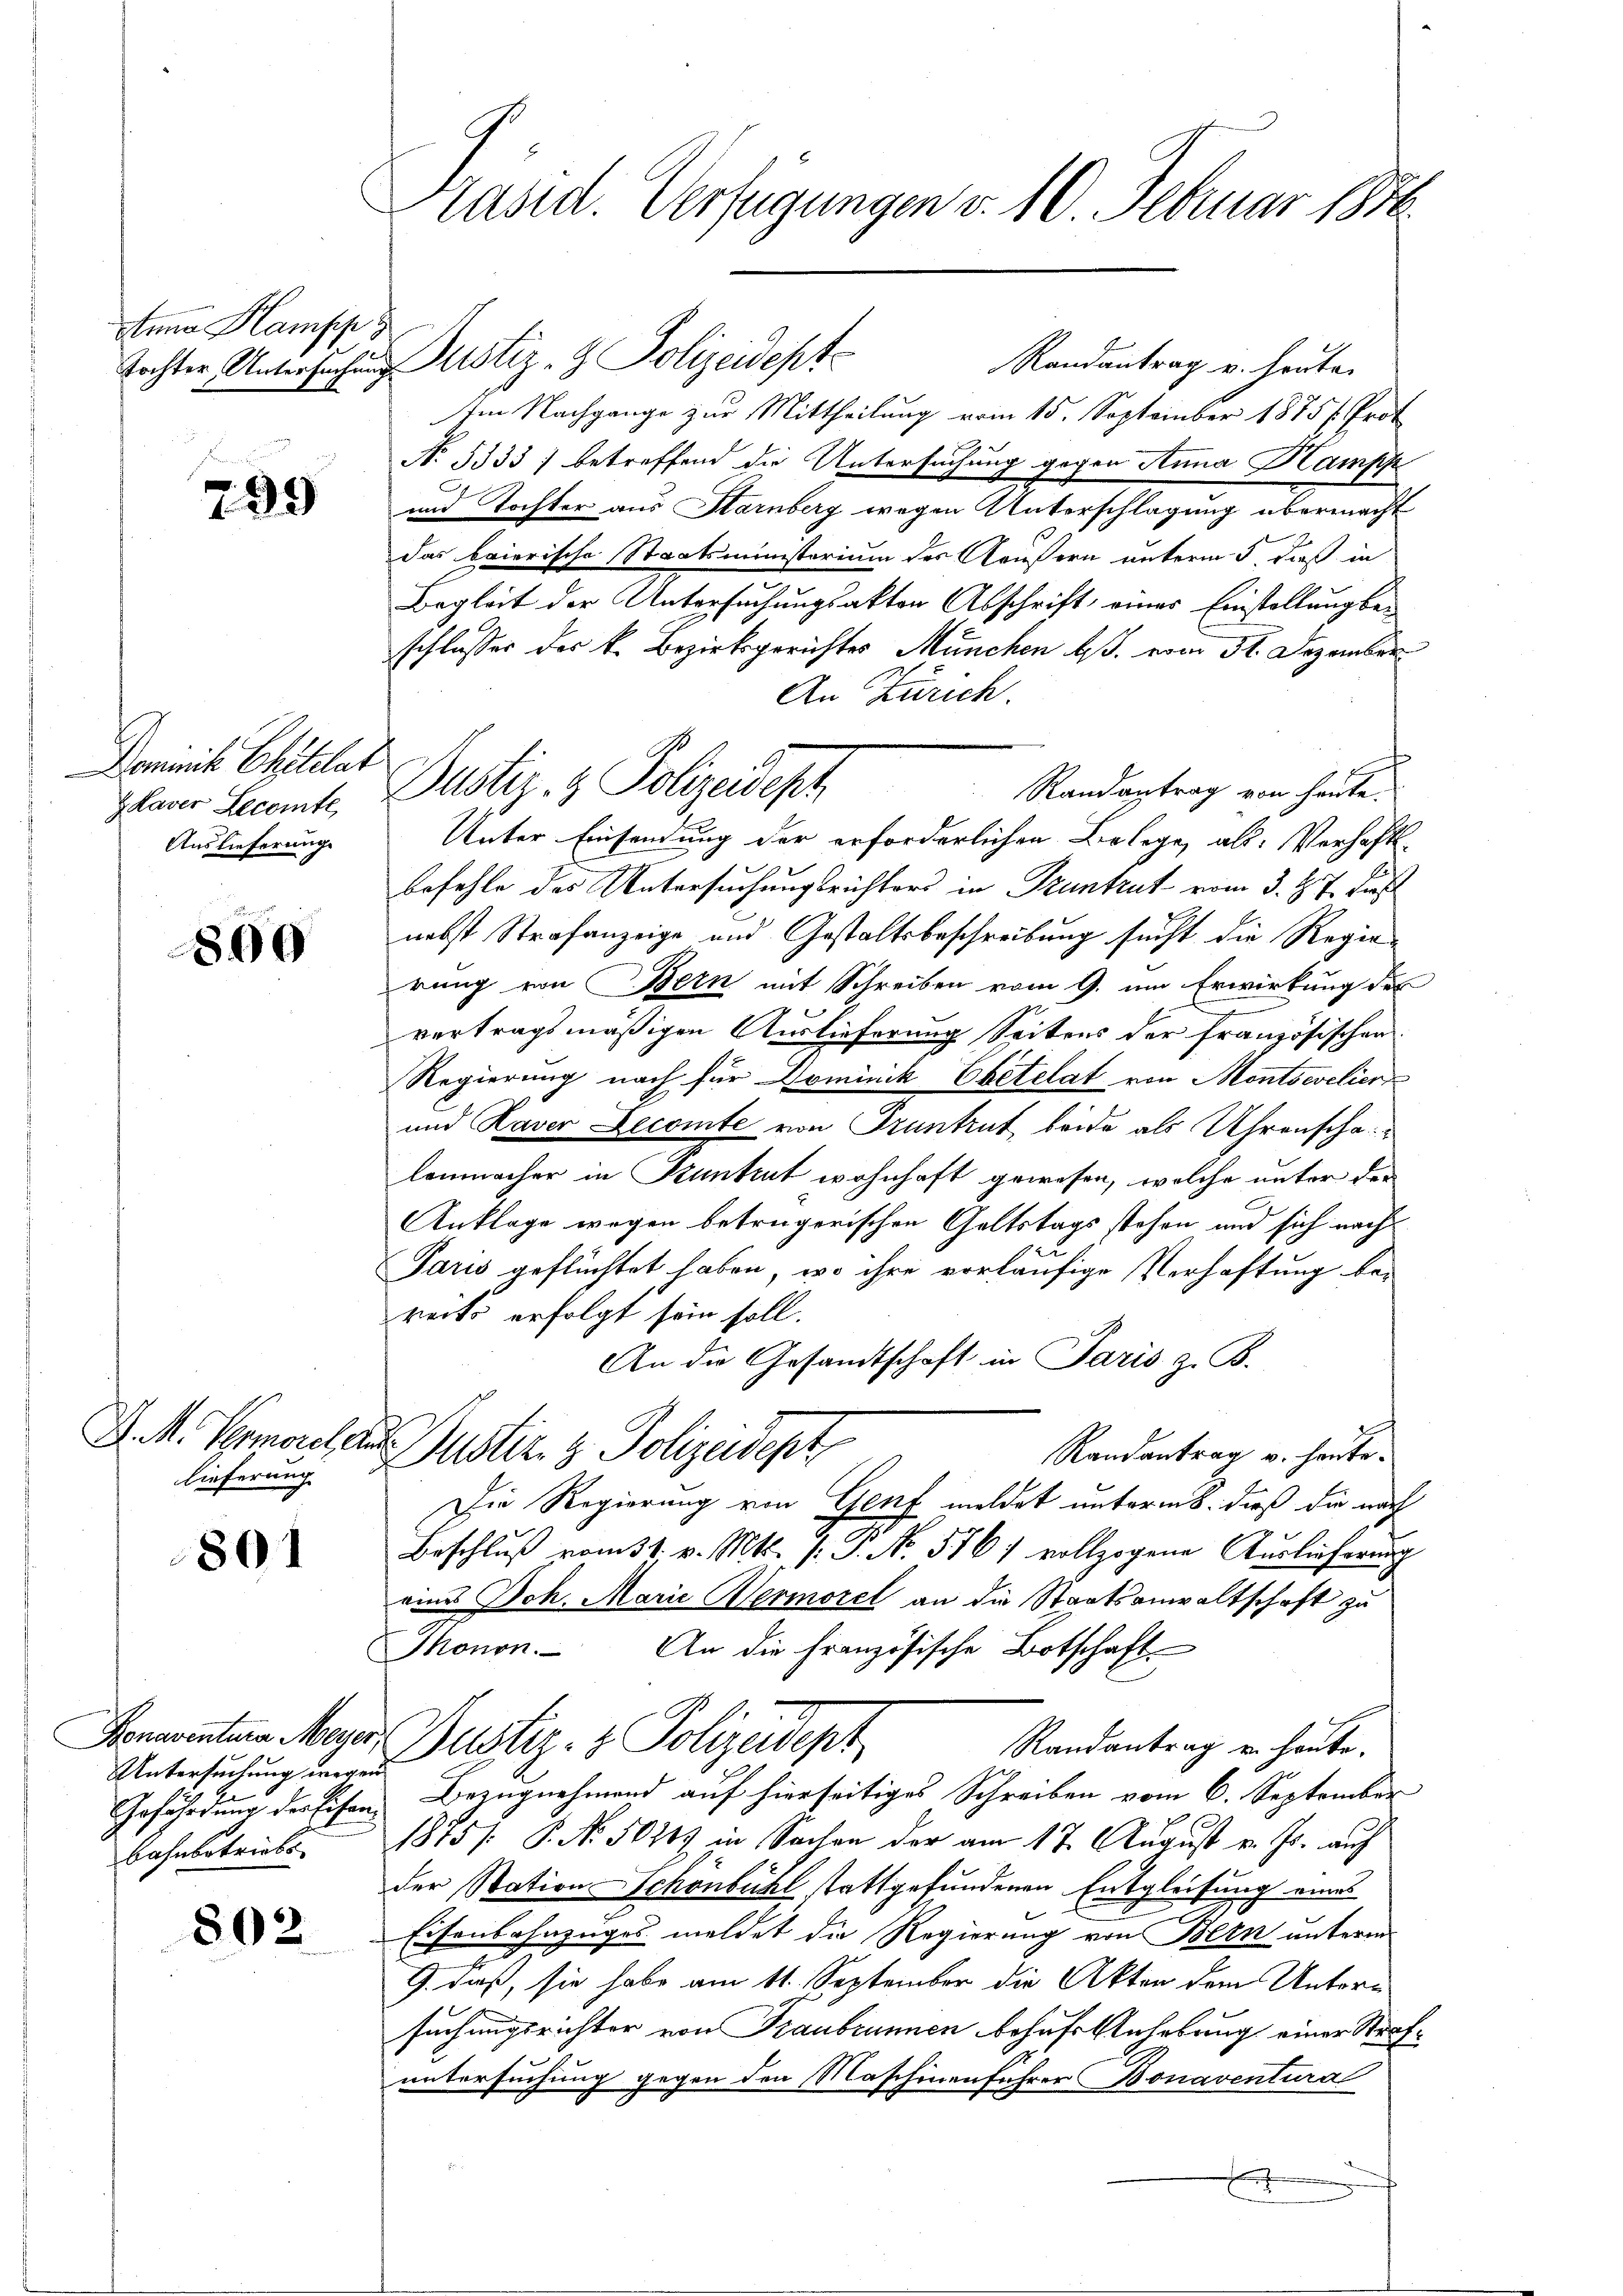
Anna Hamsche z

799

Dominis Chitilat
ZKaver Lecomte
Auslieferung

890

J. M. Permorel, a.
lieferung

801

Untersuchung wegen
Gefährdung der Eisen
Bahnbetriebe

502

Präsid. Verfügungen v. 10. Februar 1816.

Randantrag v. heute.
Im Nachgange zur Mittheilung vom 15. September 1875 /. Prot
No. 5333; betreffend die Untersuchung gegen Anna Hampp
und Tochter aus Harnberg wegen Unterschlagung übermacht
das baierische Staatsministerium des Aeußern unterm 5. dieß in
Begleit der Untersuchungsakten Abschrift einer Einstellung beschlusses der k. Bezirksgerichtes München bes. vom 31. Dezember
An Zürich
Randantrag von heute.
Unter Einsendung der erforderlichen Belege, als Verhaft
befehle des Untersuchungsrichters in Pruntrut vom 3. d. 7. dies
nebst Strafanzeige und Gestaltsbeschreibung sucht die Regierung von Bern mit Schreiben vom 9. um Erwirkung des
vertragsmäßigen Auslieferung Seitens der französischen
Regierung nach für Dominik Ebetelat von Montseelier
und Raver Decomte von Truntrut beide als Uhrenscha
lenmacher in Pruntrut wohnhaft gewesen, welche unter der
Anklage wegen betrügerischen Geltstags stehen und sich nach
Paris geflüchtet haben, wo ihre vorläufige Verhaftung berects erfolgt sein soll.
An die Gesandtschaft in Paris z. B.
h
Duster. z. Polizeidept
Randantrag v. heute¬
Die Regierung von Genf meldet unterm 8. dieß die nach
Beschluß vom 31. v. Mts. v. J. No. 576 / vollzogene Auslieferung
eines Joh. Marie Wermorel an die Staatsanwaltschaft zu
Thonon. An die Französische Botschaft
Honarenten Meyer Justiz- & Polizeidept
Randantrag u. heute.
Bezugnahmend auf hierseitiges Schreiben vom 6. September
1875/ P. No. 50249 in Sachen der am 17. August v. Js. auf
der Station Schönbühl stattgefundenen Entgleitung eines
Eisenbahnzuges meldet die Regierung von Bern unterm
G. daß, sie habe am 11. September die Akten dem Untersuchungsrichter von Traubrunnen behufs Anhebung einer Strafuntersuchung gegen den Maschinenfahrer Bonaventural

Tochter Untersuchung ustiz- & Polizeidept

Dustiz- & Polizeidesh